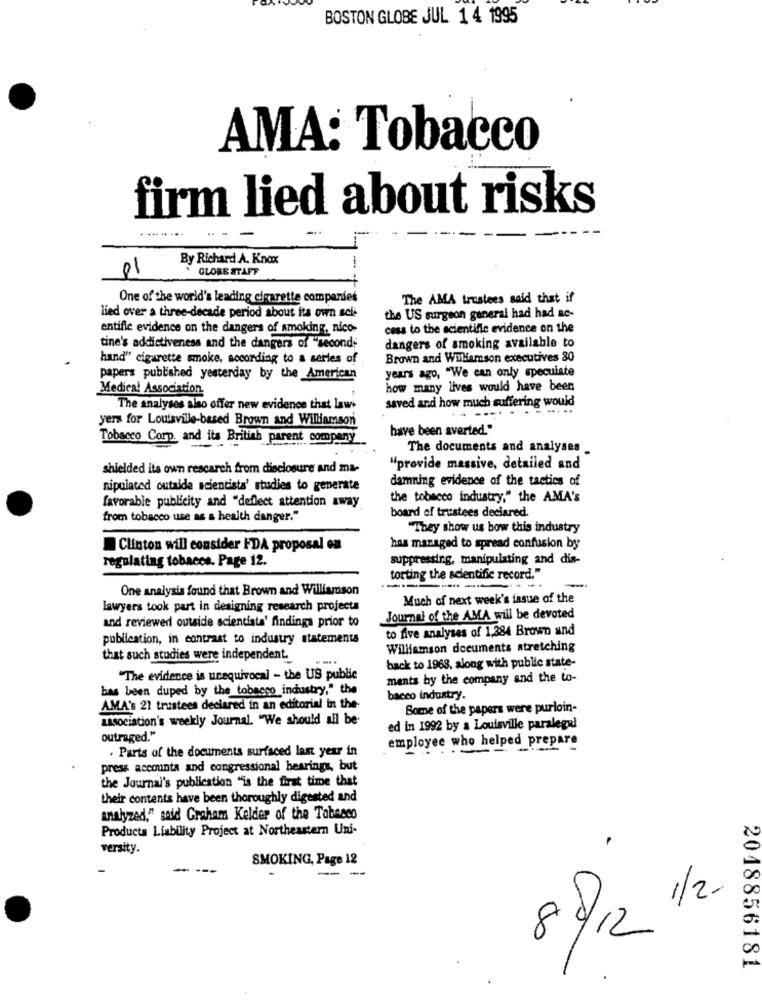
BOSTON GLOBE JUL 1 4 1995
AMA: Tobacco
firm lied about risks
By Richard A. Knox
01
GLORE STAFF
-
One of the world's leading cigarette companies
The AMA trustees said that if
lied over a three-decade period about its own sci-
the US surgeon general had had ac-
entifie evidence on the dangers of smoking, nico-
cess to the scientific evidence on the
tine's addictiveness and the dangers of "second;
dangers of smoking available to
hand" cigarette smoke, according to a series of
Brown and Williamson executives 80
years ago, "We can only speculate
papers published yesterday by the American
Medical Association
how many lives would have been
The analyses also offer new evidence that laws
saved and how much suffering would
.. .....
yers for Louisville-based Brown and Williamson
have been averted."
Tobacco Corp. and its British parent company
The documents and analyses _
shielded its own rescarch from disclosure and ma-
"provide massive, detailed and
damning evidence of the tactics of
nipulated outside scientists' studies to generate
the tobacco industry," the AMA's
favorable publicity and "deflect attention away
from tobacco use as a health danger."
board of trustees declared.
"They show us how this industry
Clinton will consider FDA proposal on
has managed to spread confusion by
regulating tobaces. Page 12.
suppressing, manipulating and dis-
torting the scientific record."
One analysis found that Brown and Williamson
-----
Much of next week's issue of the
lawyers took part in designing research projects
and reviewed outside scientists' findings prior to
Journal of the AMA will be devoted
to five analyses of 1,384 Brown and
publication, in contrast to industry statements
Williamson documents stretching
that such studies were independent.
back to 1968, along with public state-
The evidence is unequivocal - the US public
ments by the company and the to-
bas been duped by the tobacco industry," the
bacco industry
AMA's 21 trustees declared in an editorial in the-
Some of the papers were purloin-
association's weekly Journal. "We should all be-
ed in 1992 by a Louisville paralegal
outraged."
. Parts of the documents surfaced last year in
employee who helped prepare
press accounta and congressional hearings, but
the Journal's publication "is the first time that
their contents have been thoroughly digested and
analyzed," said Graham Kelder of the Tabasco
Products Liability Project at Northeastern Uni-
versity.
SMOKING, Page 12
88 1/2.
80/12
2018856181